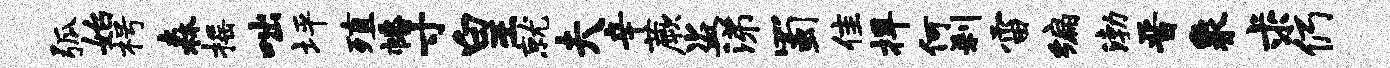
弧始枵森摇咄坪殖幡寸皇就夫辛蕨盗涕蜀隹捍何刹雷编渤晋象求仍